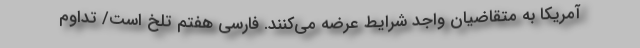
آمریکا به متقاضیان واجد شرایط عرضه می‌کنند. فارسی هفتم تلخ است/ تداوم